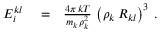
\begin{array} { r l r } { E _ { i } ^ { k l } } & { { } = } & { \frac { 4 \pi \, k T } { m _ { k } \, \rho _ { k } ^ { 2 } } \, \left( \rho _ { k } \, R _ { k l } \right) ^ { 3 } \, . } \end{array}